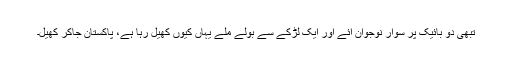
تبھی دو بائیک پر سوار نوجوان آئے اور ایک لڑکے سے بولے ملّے یہاں کیوں کھیل رہا ہے، پاکستان جاکر کھیل۔